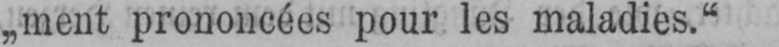
„meut prononcées pour les maladies.“